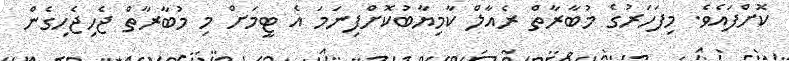
ކޮށްފައެވެ. މިފަހަރުގެ މުބާރާތް ރެއާލް ކާމިޔާބުކޮށްފިނަމަ އެ ޓީމަށް މި މުބާރާތް ޖެހިޖެހިގެން